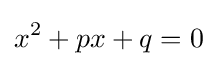
x^{2}+px+q=0